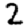
Digit: 2